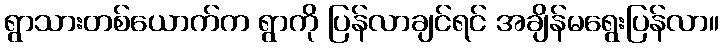
ရွာသားတစ်ယောက်က ရွာကို ပြန်လာချင်ရင် အချိန်မရွေးပြန်လာ။